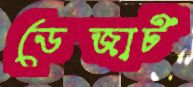
ডেজার্ট